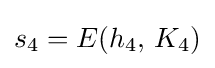
s_{4}=E(h_{4},\,K_{4})